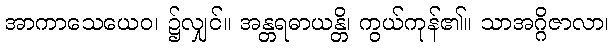
အာကာသေယေဝ၊ ၌လျှင်။ အန္တရဓာယန္တိ၊ ကွယ်ကုန်၏။ သာအဂ္ဂိဇာလာ၊